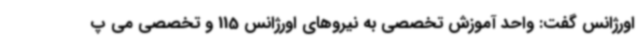
اورژانس گفت: واحد آموزش تخصصی به نیروهای اورژانس 115 و تخصصی می پ